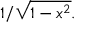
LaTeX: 1 / { \sqrt { 1 - x ^ { 2 } } } .